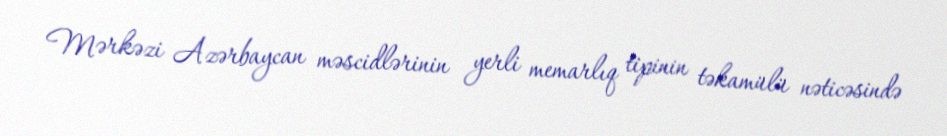
Mərkəzi Azərbaycan məscidlərinin yerli memarlıq tipinin təkamülü nəticəsində